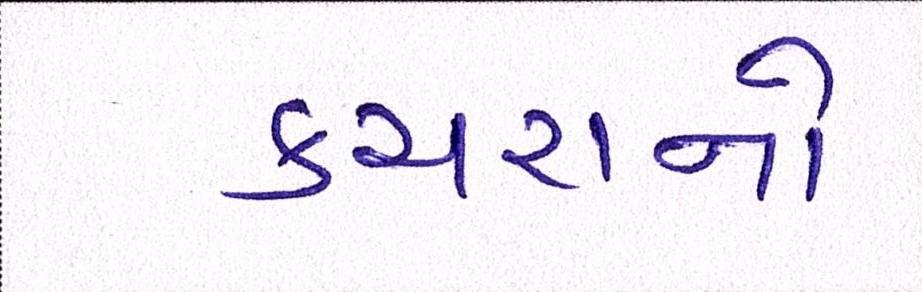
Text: કચરાનો